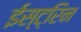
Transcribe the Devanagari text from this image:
ईस्ट्रिन